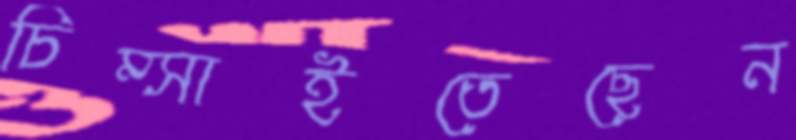
চিম্‌সাইতেছেন